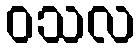
ဝသလ